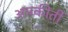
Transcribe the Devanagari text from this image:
अपकीर्ती